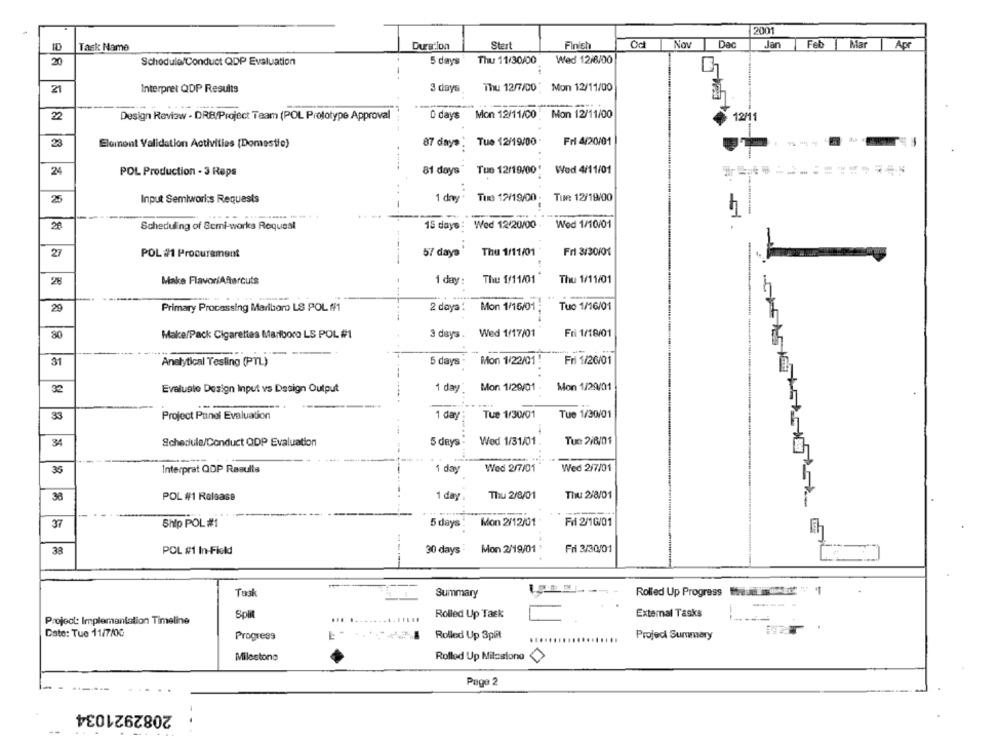
2001
Finish
Od
Nov
Dac
Jan
Feb
Mar
Apr
ID
Task Name
Duration
Stert
Thu 11/30/00
Wed 12/8/00
20
Schodule/Conduct QDP Evaluation
5 days
21
Interpret QDP Results
3 days
Thu 12/7/00 * Mon 12/11/00
22
Design Review - DRB/Project Team (POL Prototype Approval
0 days
Mon 12/11/00 " Mon 12/11/00
12/1
23
Tue 12/19/00
Fri 4/20/01
Elemont Validation Activities [Domestie)
87 days
24
81 days " Tue 12/19/00' Wod 4/11/01
-
POL Production - 3 Reps
25
Input Semiworks Requests
1 day ' Tue 12/19/00; Tue 12/19/00
20
Scheduling of Semi-works Request
15 days : Wed 12/20/00 .
Wed 1/10/01
27
POL #1 Procurement
57 days
Thu 1/11/01
Fri 3/30/01
-
28
Make FlavoriAftercuts
1 day:
Thu 1/11/01
Thu 1/11/01
29
Primary Processing Marlboro LS POL ##1
2 daya: Mon 1/15/01
Tuc 1/16/01
3 days. Wed 1/17/01
Fri 1/18/01
30
Make/Pack Cigarettes Marlboro LS POL #1
31
Analytical Testing (PTL)
5 days
Mon 1/22/01 !
Fri 1/26/01
32
Evaluate Design Input vs Design Output
1 day
Mon 1/29/01
Mon 1/29/01
33
Project Pandi Evaluation
1 day
Tue 1/30/01
Tue 1/30/01
34
Schedule/Conduct QDP Evaluation
5 days
Wed 1/31/01.
Tue 2/8/01
Wed 2/7/01
35
Interpret QOP Results
1 day
Wed 2/7/01
38
POL #1 Ralsase
1 day
Thu 2/8/01
Thu 2/8/01
37
Ship POL #1
5 days
Mon 2/12/01
Fil 2/10/01
30 days
Mon 2/19/01
Fri 3/30/01
38
POL #1 In-Field
Task
Summary
Rolled Up Progress
Spill
Rolled Up Task
External Tasks
Project: Implementation Timeline
.. ...............
Date: Tue 11/7/00
Progress
Rolled Up Split
Projeci Summary
Milestone
Rolled Up Milestone <>
Page 2
2082921034
--